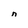
Character: n